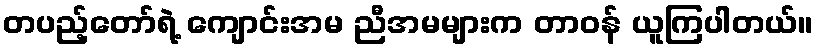
တပည့်တော်ရဲ့ ကျောင်းအမ ညီအမများက တာဝန် ယူကြပါတယ်။